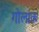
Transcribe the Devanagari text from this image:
गोलाक